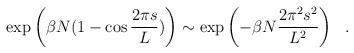
LaTeX: \begin{align*}\exp \left(\beta N(1-\cos {2\pi s\over L})\right) \sim \exp\left(-\beta N {2 \pi^2 s^2\over L^2}\right)~~.\end{align*}